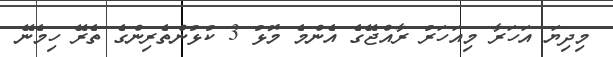
މިދިޔަ އަހަރާ މިއަހަރު ރާއްޖޭގެ އެންމެ މޮޅު 3 ކުޅުންތެރިންގެ ތެރޭ ހިމެނޭ